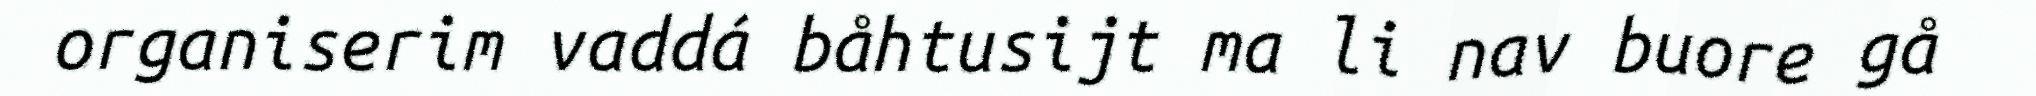
organiserim vaddá båhtusijt ma li nav buore gå